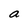
Character: a